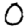
Digit: 0